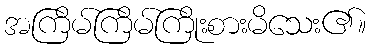
အကြိမ်ကြိမ်ကြိုးစားမိသေး၏။